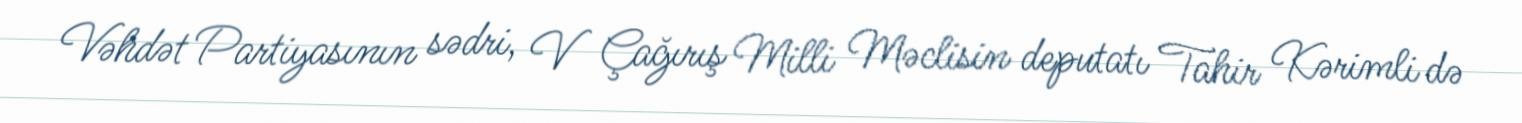
Vəhdət Partiyasının sədri, V Çağırış Milli Məclisin deputatı Tahir Kərimli də